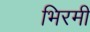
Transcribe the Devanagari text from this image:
भिरमी